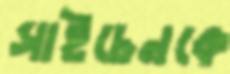
সাইচেনকে